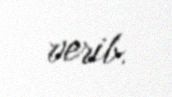
verib.